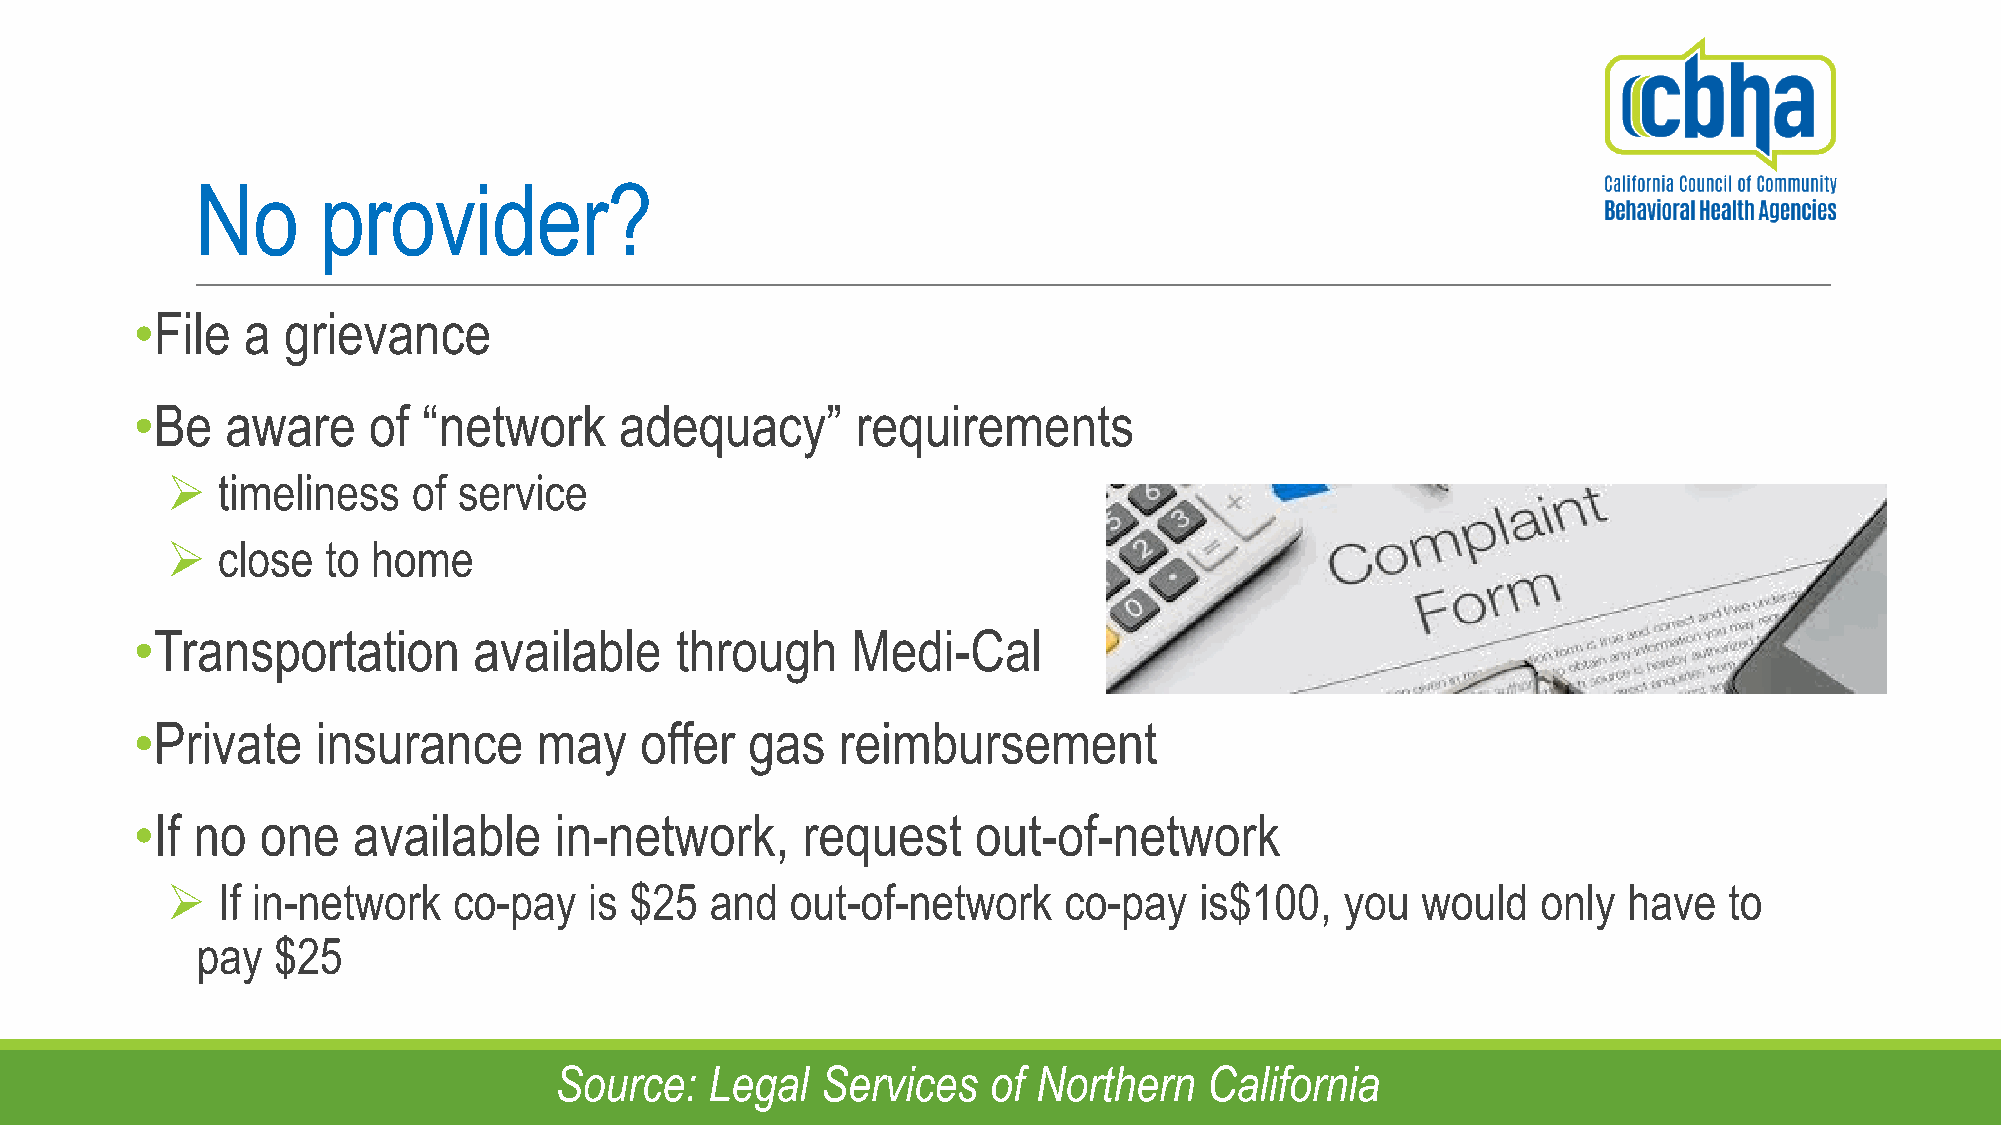
No      provider?
 •File  a  grievance
 •Be   aware    of  “network     adequacy”       requirements
   timeliness   of service
   close   to home
 •Transportation       available     through    Medi-Cal
 •Private    insurance      may   offer   gas   reimbursement
 •If no  one   available     in-network,     request     out-of-network
   If in-network   co-pay   is $25  and  out-of-network    co-pay   is$100,   you  would   only  have  to
 pay  $25
 Source:   Legal  Services    of Northern   California